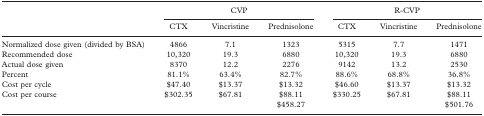
|  | <COLSPAN=3> CVP | <COLSPAN=3> R-CVP |
 |  | CTX | Vincristine | Prednisolone | CTX | Vincristine | Prednisolone |
 | --- | --- | --- | --- | --- | --- | --- |
 | Normalized dose given (divided by BSA) | 4866 | 7.1 | 1323 | 5315 | 7.7 | 1471 |
 | Recommended dose | 10,320 | 19.3 | 6880 | 10,320 | 19.3 | 6880 |
 | Actual dose given | 8370 | 12.2 | 2276 | 9142 | 13.2 | 2530 |
 | Percent | 81.1% | 63.4% | 82.7% | 88.6% | 68.8% | 36.8% |
 | Cost per cycle | $47.40 | $13.37 | $13.32 | $46.60 | $13.37 | $13.32 |
 | Cost per course | $302.35 | $67.81 | $88.11 | $330.25 | $67.81 | $88.11 |
 |  |  |  | $458.27 |  |  | $501.76 |